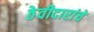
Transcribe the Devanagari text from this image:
ठेवीदारांचे